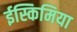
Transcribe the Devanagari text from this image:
ईस्किमिया